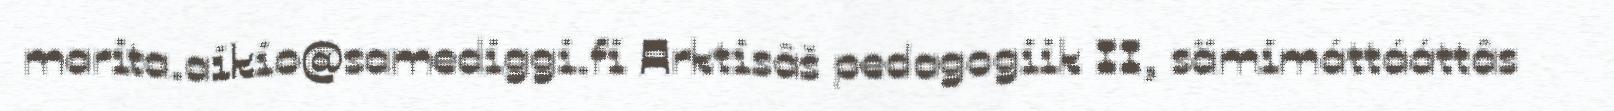
marita.aikio@samediggi.fi Arktisâš pedagogiik II, sämimáttááttâs